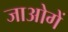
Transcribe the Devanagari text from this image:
जाओगें